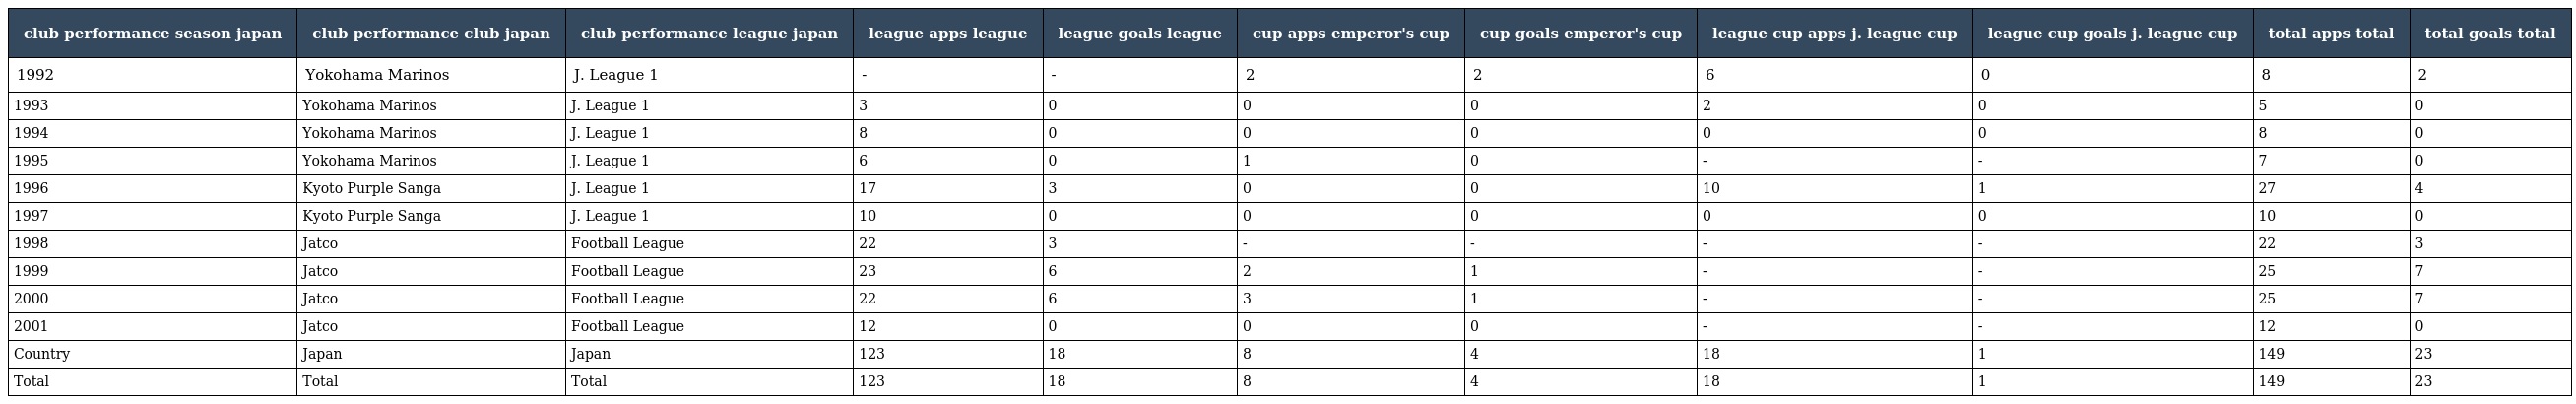
| club performance season japan | club performance club japan | club performance league japan | league apps league | league goals league | cup apps emperor's cup | cup goals emperor's cup | league cup apps j. league cup | league cup goals j. league cup | total apps total | total goals total |
 | --- | --- | --- | --- | --- | --- | --- | --- | --- | --- | --- |
 | 1992 | Yokohama Marinos | J. League 1 | - | - | 2 | 2 | 6 | 0 | 8 | 2 |
 | 1993 | Yokohama Marinos | J. League 1 | 3 | 0 | 0 | 0 | 2 | 0 | 5 | 0 |
 | 1994 | Yokohama Marinos | J. League 1 | 8 | 0 | 0 | 0 | 0 | 0 | 8 | 0 |
 | 1995 | Yokohama Marinos | J. League 1 | 6 | 0 | 1 | 0 | - | - | 7 | 0 |
 | 1996 | Kyoto Purple Sanga | J. League 1 | 17 | 3 | 0 | 0 | 10 | 1 | 27 | 4 |
 | 1997 | Kyoto Purple Sanga | J. League 1 | 10 | 0 | 0 | 0 | 0 | 0 | 10 | 0 |
 | 1998 | Jatco | Football League | 22 | 3 | - | - | - | - | 22 | 3 |
 | 1999 | Jatco | Football League | 23 | 6 | 2 | 1 | - | - | 25 | 7 |
 | 2000 | Jatco | Football League | 22 | 6 | 3 | 1 | - | - | 25 | 7 |
 | 2001 | Jatco | Football League | 12 | 0 | 0 | 0 | - | - | 12 | 0 |
 | Country | Japan | Japan | 123 | 18 | 8 | 4 | 18 | 1 | 149 | 23 |
 | Total | Total | Total | 123 | 18 | 8 | 4 | 18 | 1 | 149 | 23 |